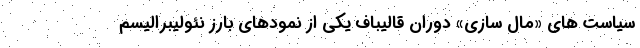
سیاست های «مال سازی» دوران قالیباف یکی از نمودهای بارز نئولیبرالیسم